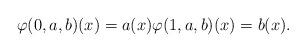
LaTeX: \begin{align*}\varphi(0,a,b)(x) = a(x) \varphi(1,a,b)(x) = b(x).\end{align*}